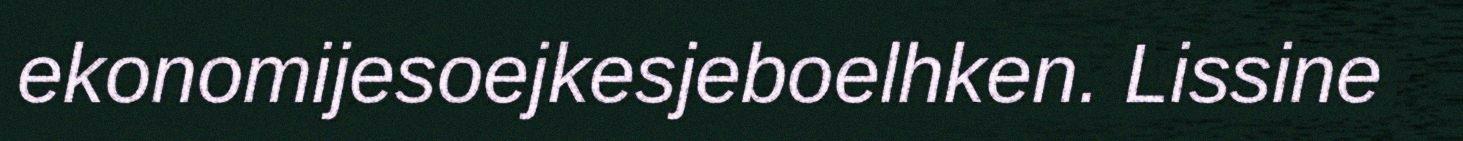
ekonomijesoejkesjeboelhken. Lissine